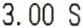
3.00 S